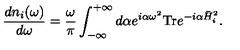
{ \frac { d n _ { i } ( \omega ) } { d \omega } } = { \frac { \omega } { \pi } } \int _ { - \infty } ^ { + \infty } d \alpha e ^ { i \alpha \omega ^ { 2 } } \mathrm { T r } e ^ { - i \alpha \bar { H } _ { i } ^ { 2 } } .